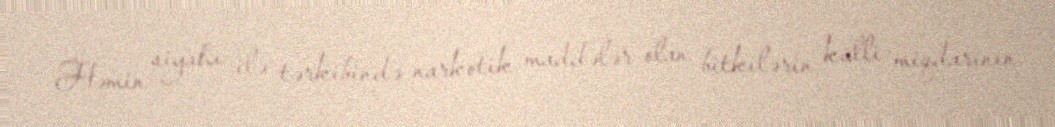
Həmin siyahı ilə tərkibində narkotik maddələr olan bitkilərin külli miqdarının